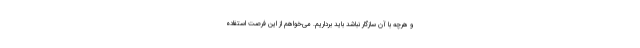
و هرچه با آن سازگار نباشد باید برداریم. می‌خواهم از این فرصت استفاده